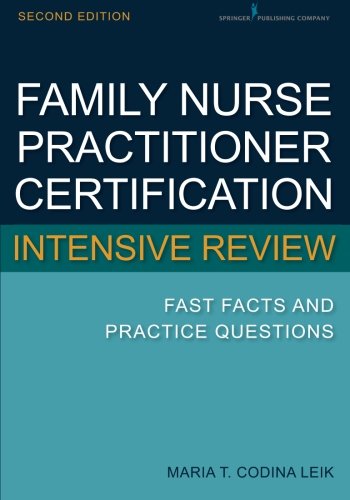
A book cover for Family Nurse Practitioner Certification Intensive Review: Fast Facts and Practice Questions, Second Edition; Maria T. Codina Leik MSN  APN  BC  FNP-C; Test Preparation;